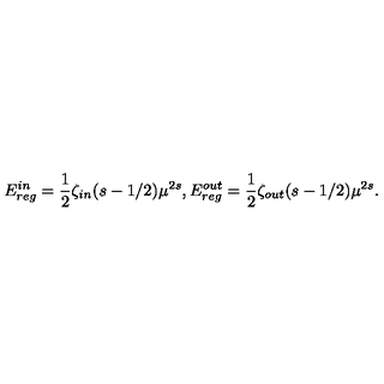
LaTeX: E _ { r e g } ^ { i n } = \frac { 1 } { 2 } \zeta _ { i n } ( s - 1 / 2 ) \mu ^ { 2 s } , E _ { r e g } ^ { o u t } = \frac { 1 } { 2 } \zeta _ { o u t } ( s - 1 / 2 ) \mu ^ { 2 s } .